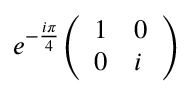
e ^ { - { \frac { i \pi } { 4 } } } { \left( \begin{array} { l l } { 1 } & { 0 } \\ { 0 } & { i } \end{array} \right) }